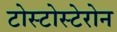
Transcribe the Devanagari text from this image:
टोस्टोस्टेरोन